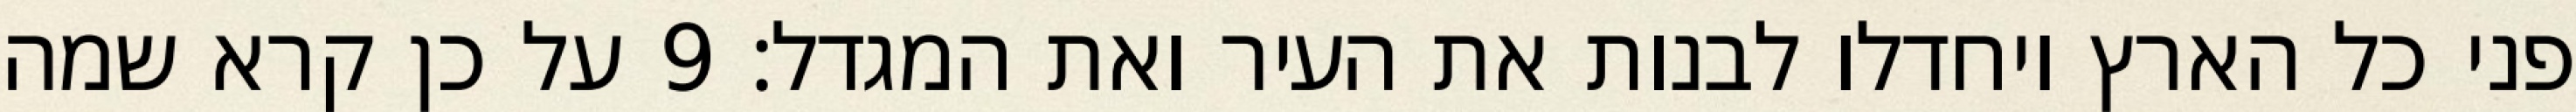
פני כל הארץ ויחדלו לבנות את העיר ואת המגדל׃ ‎9‏ על כן קרא שמה